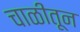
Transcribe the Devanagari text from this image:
चाळीतून